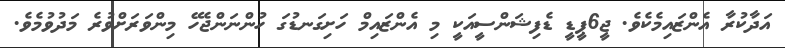
އަދާކުރާ އެންޒައިމެކެވެ. ޖީ6ޕީޑީ ޑެފިޝަންސީއަކީ މި އެންޒައިމް ހަށިގަނޑުގަ ހުންނަންޖެހޭ މިންވަރަށްވުރެ މަދުވުމެވެ.